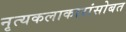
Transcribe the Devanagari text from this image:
नृत्यकलाकारांसोबत